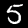
Digit: 5